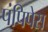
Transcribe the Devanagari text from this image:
पंपिपेस